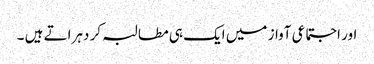
اور اجتماعی آواز میں ایک ہی مطالبہ کر دہراتے ہیں ۔